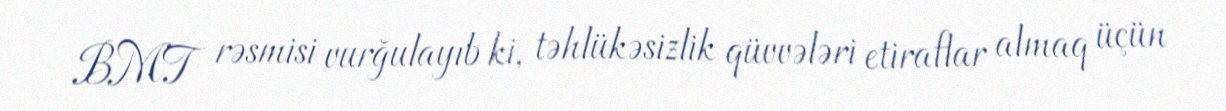
BMT rəsmisi vurğulayıb ki, təhlükəsizlik qüvvələri etiraflar almaq üçün